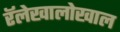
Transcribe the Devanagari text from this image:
रॅलेखालोखाल